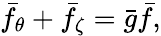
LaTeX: \bar{f}_{\theta}+\bar{f}_{\zeta}=\bar{g}\bar{f},